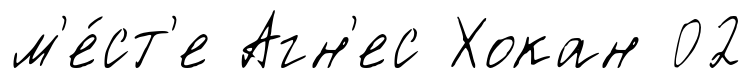
м'е́ст'е Агн'ес Хокан 02